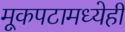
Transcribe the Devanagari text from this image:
मूकपटामध्येही